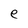
Character: e